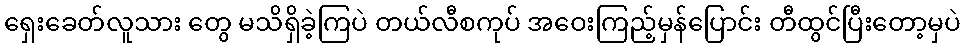
ရှေးခေတ်လူသား တွေ မသိရှိခဲ့ကြပဲ တယ်လီစကုပ် အဝေးကြည့်မှန်ပြောင်း တီထွင်ပြီးတော့မှပဲ